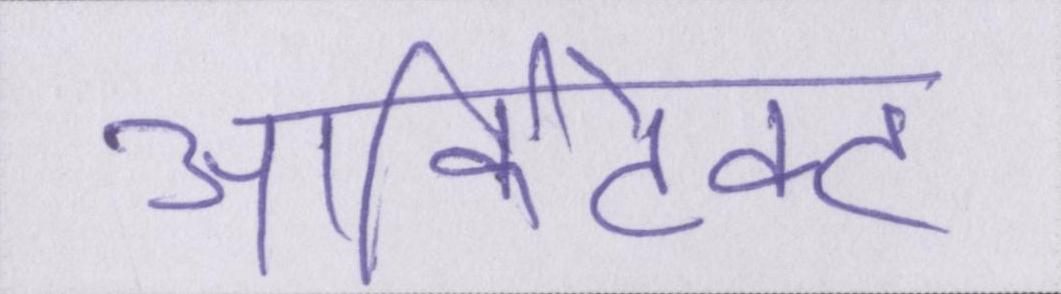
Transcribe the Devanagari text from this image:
आर्किटेक्ट